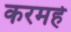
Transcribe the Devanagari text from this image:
करमहे